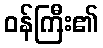
ဝန်ကြီး၏